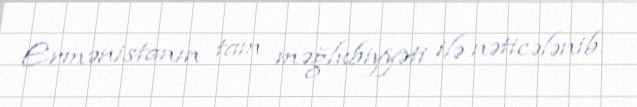
Ermənistanın tam məğlubiyyəti ilə nəticələnib.